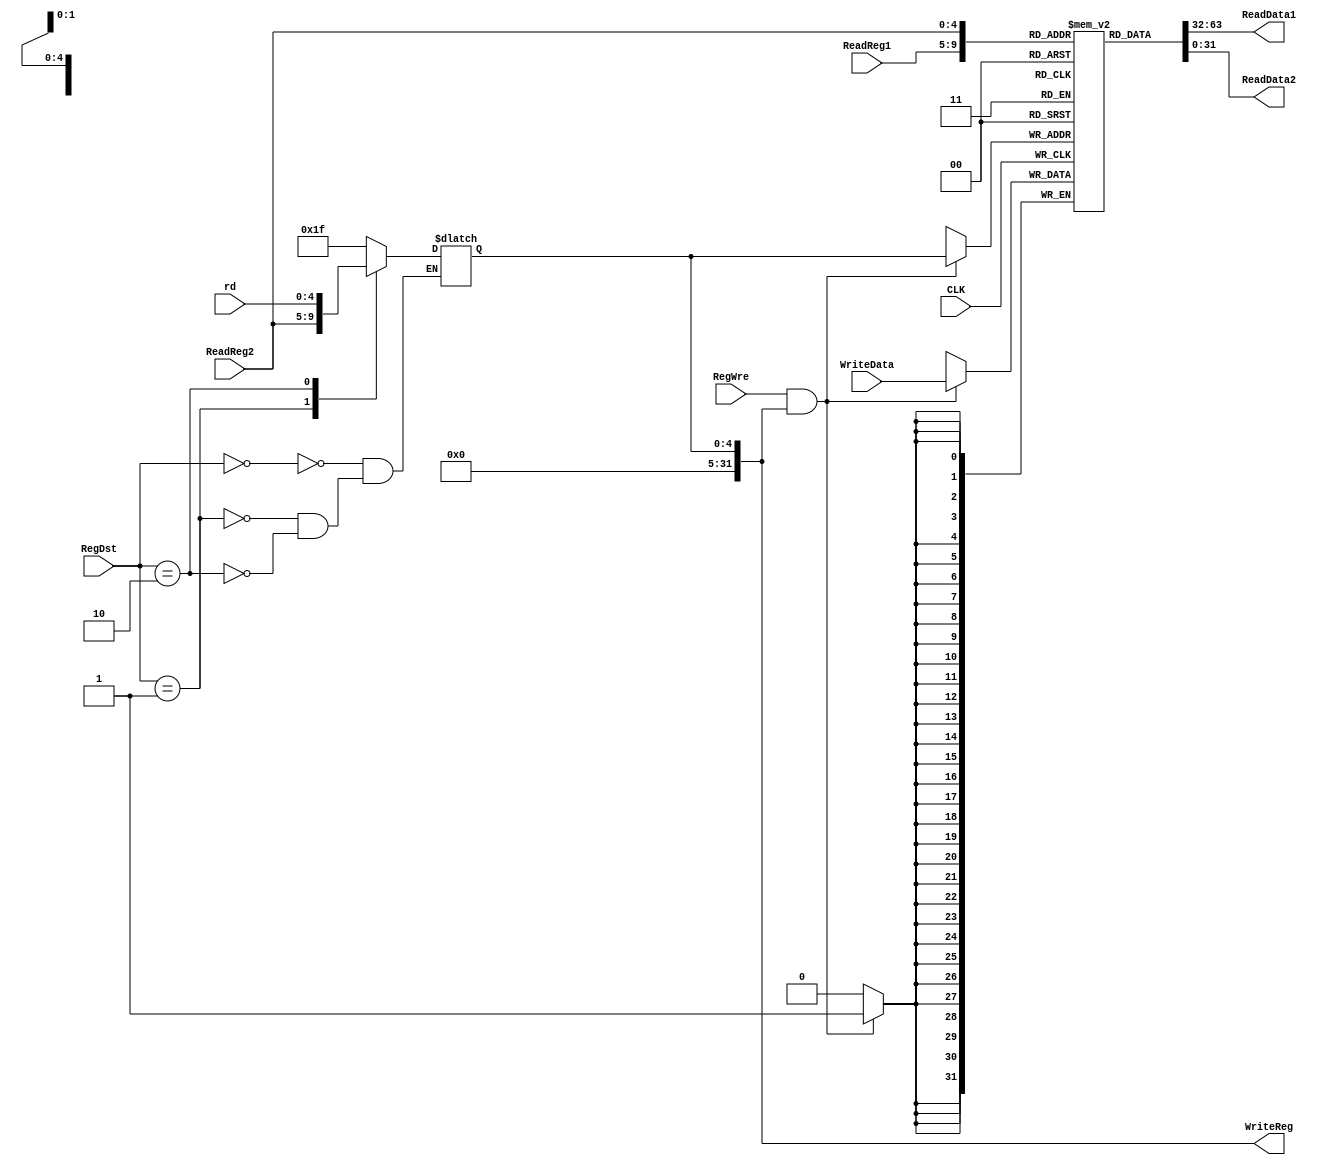
`timescale 1ns / 1ps
//////////////////////////////////////////////////////////////////////////////////
// Company: 
// Engineer: 
// 
// Design Name: 
// Module Name: RegisterFile
// Project Name: 
// Target Devices: 
// Tool Versions: 
// Description: 
// 
// Dependencies: 
// 
// Revision:
// Revision 0.01 - File Created
// Additional Comments:
// 
//////////////////////////////////////////////////////////////////////////////////


//
module RegisterFile(
        input CLK,                  //
        input [4:0] ReadReg1,       //rs
        input [4:0] ReadReg2,       //rt
        input [4:0] rd,             //rd
        input [31:0] WriteData,     //
        input [1:0] RegDst,         //
        input RegWre,               //WE1
        output reg[31:0] ReadData1,     //rs
        output reg[31:0] ReadData2,     //rt
        output reg[31:0] WriteReg       //
    );
    
    initial begin
        ReadData1 <= 0;
        ReadData2 <= 0;
        WriteReg <= 0; 
    end
   
    reg [31:0] regFile[0:31]; //  reg
    integer i;
    initial begin
        for (i = 0; i < 32; i = i+ 1) regFile[i] <= 0;  
    end
    
    always@(ReadReg1 or ReadReg2) 
    begin
        ReadData1 = regFile[ReadReg1];
        ReadData2 = regFile[ReadReg2];
        //$display("regfile %d %d\n", ReadReg1, ReadReg2);
    end
    
    always@(negedge CLK)
    begin
        //$000
        if(RegWre && WriteReg)
            begin
                regFile[WriteReg] <= WriteData;
            end
    end
    
    always@(*)
    begin
        case(RegDst)
            2'b00: WriteReg = 31;
            2'b01: WriteReg = ReadReg2;
            2'b10: WriteReg = rd;
        endcase;
    end
endmodule